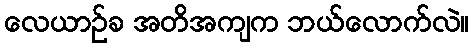
လေယာဉ်ခ အတိအကျက ဘယ်လောက်လဲ။